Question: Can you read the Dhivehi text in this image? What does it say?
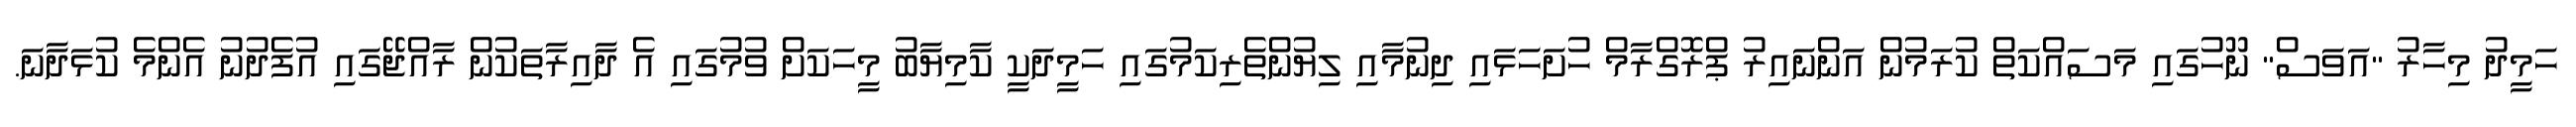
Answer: ހަމީދު މިހާރު "އަވަސް" ނޫހުގައި މަސައްކަތް ކުރަމުން އަންނައިރު ޕްރޮގްރާމް ހުށަހަޅައި ދިނުމާއި ލިޔުންތެރިކަމުގައި ހަމީދަކީ ކާމިޔާބު މީހަކަށް ވުމުގައި އެ ދާއިރާތަކުން ރާއްޖޭގައި އުފެދުނު އެންމެ ކުޅަދާނަ.